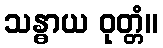
သန္ဓာယ ဝုတ္တံ။